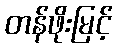
တန်ဖိုးမြင့်